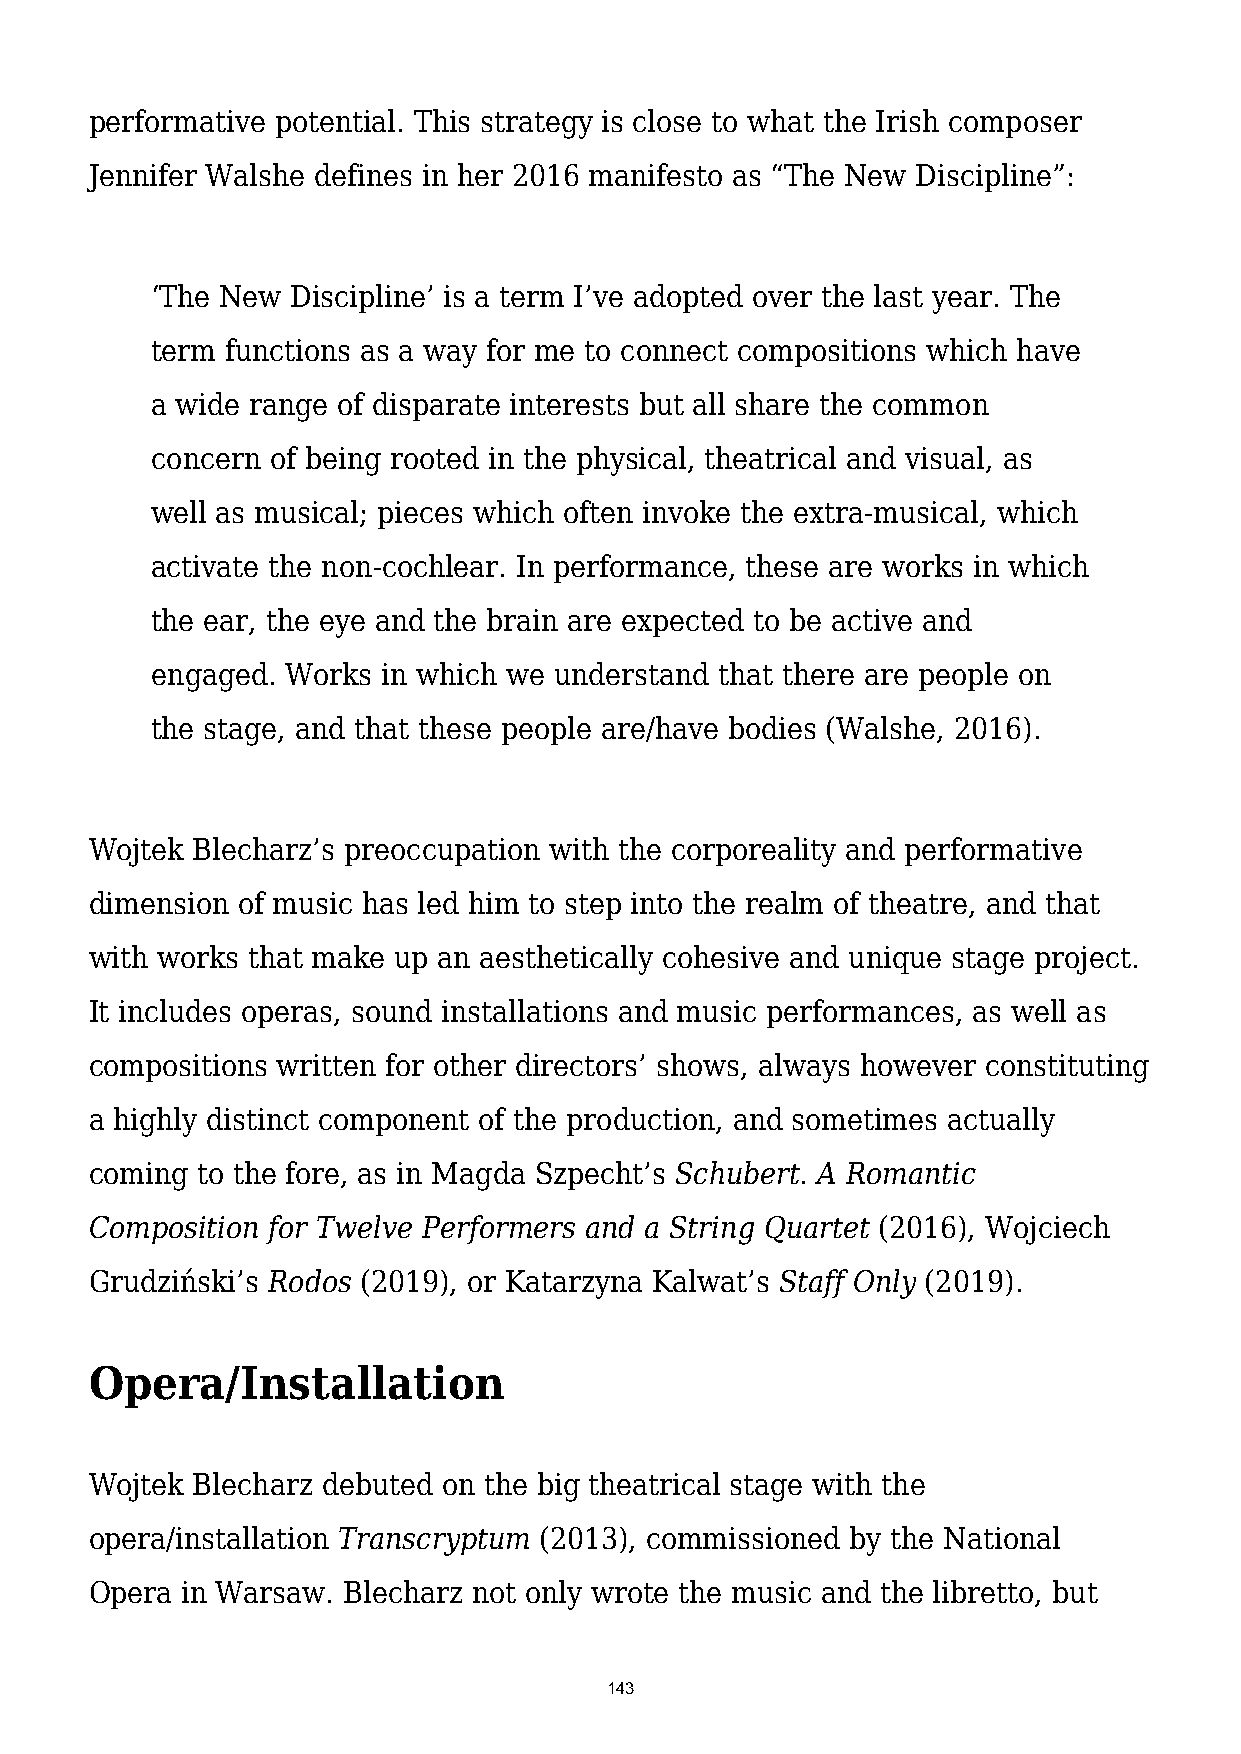
performative potential. This strategy is close to what the Irish composer
 Jennifer Walshe defines in her 2016 manifesto as “The New Discipline”:
 ‘The New Discipline’ is a term I’ve adopted over the last year. The
 term functions as a way for me to connect compositions which have
 a wide range of disparate interests but all share the common
 concern of being rooted in the physical, theatrical and visual, as
 well as musical; pieces which often invoke the extra-musical, which
 activate the non-cochlear. In performance, these are works in which
 the ear, the eye and the brain are expected to be active and
 engaged. Works in which we understand that there are people on
 the stage, and that these people are/have bodies (Walshe, 2016).
 Wojtek Blecharz’s preoccupation with the corporeality and performative
 dimension of music has led him to step into the realm of theatre, and that
 with works that make up an aesthetically cohesive and unique stage project.
 It includes operas, sound installations and music performances, as well as
 compositions written for other directors’ shows, always however constituting
 a highly distinct component of the production, and sometimes actually
 coming to the fore, as in Magda Szpecht’s Schubert. A Romantic
 Composition for Twelve Performers and a String Quartet (2016), Wojciech
 Grudziński’s Rodos (2019), or Katarzyna Kalwat’s Staff Only (2019).
 Opera/Installation
 Wojtek Blecharz debuted on the big theatrical stage with the
 opera/installation Transcryptum (2013), commissioned by the National
 Opera in Warsaw. Blecharz not only wrote the music and the libretto, but
 143